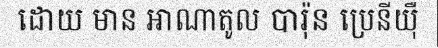
ដោយ មាន អាណាតូល បារ៉ុន ប្រេនីយ៉ឺ